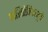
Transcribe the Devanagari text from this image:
पारितोषिकामुळे